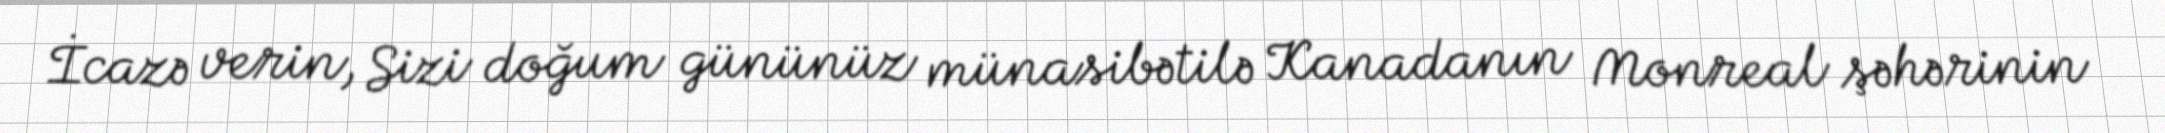
İcazə verin, Sizi doğum gününüz münasibətilə Kanadanın Monreal şəhərinin